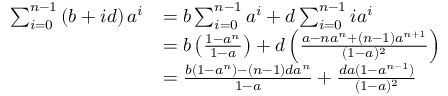
{ \begin{array} { r l } { \sum _ { i = 0 } ^ { n - 1 } \left( b + i d \right) a ^ { i } } & { = b \sum _ { i = 0 } ^ { n - 1 } a ^ { i } + d \sum _ { i = 0 } ^ { n - 1 } i a ^ { i } } \\ & { = b \left( { \frac { 1 - a ^ { n } } { 1 - a } } \right) + d \left( { \frac { a - n a ^ { n } + ( n - 1 ) a ^ { n + 1 } } { ( 1 - a ) ^ { 2 } } } \right) } \\ & { = { \frac { b ( 1 - a ^ { n } ) - ( n - 1 ) d a ^ { n } } { 1 - a } } + { \frac { d a ( 1 - a ^ { n - 1 } ) } { ( 1 - a ) ^ { 2 } } } } \end{array} }